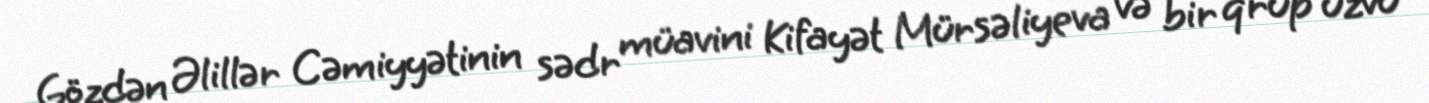
Gözdən Əlillər Cəmiyyətinin sədr müavini Kifayət Mürsəliyeva və bir qrup üzvü